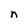
Character: n